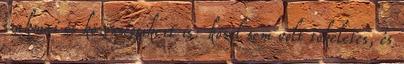
szakmai és közönségsikert is: közel sem volt tökéletes, és